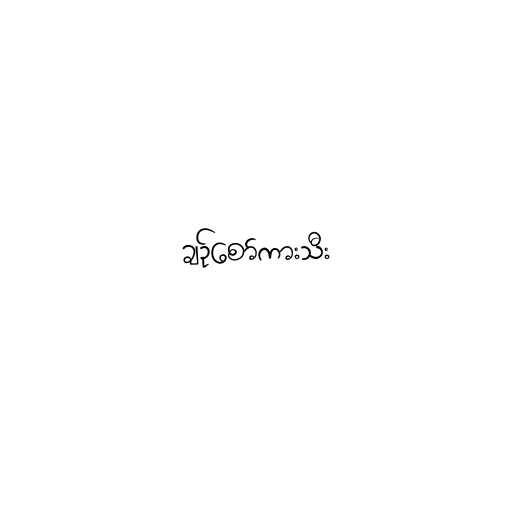
ချဥ်စော်ကားသီး